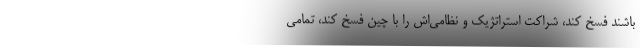
باشند فسخ کند، شراکت استراتژیک و نظامی‌اش را با چین فسخ کند، تمامی